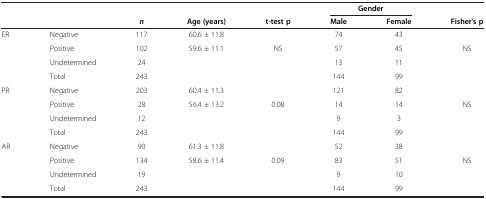
| <COLSPAN=5>  | <COLSPAN=2> Gender |  |
 | <COLSPAN=2>  | n | Age (years) | t-test p | Male | Female | Fisher's p |
 | --- | --- | --- | --- | --- | --- | --- | --- |
 | ER | Negative | 117 | 60.6 ± 11.8 |  | 74 | 43 |  |
 |  | Positive | 102 | 59.6 ± 11.1 | NS | 57 | 45 | NS |
 |  | Undetermined | 24 |  |  | 13 | 11 |  |
 |  | Total | 243 |  |  | 144 | 99 |  |
 | PR | Negative | 203 | 60.4 ± 11.3 |  | 121 | 82 |  |
 |  | Positive | 28 | 56.4 ± 13.2 | 0.08 | 14 | 14 | NS |
 |  | Undetermined | 12 |  |  | 9 | 3 |  |
 |  | Total | 243 |  |  | 144 | 99 |  |
 | AR | Negative | 90 | 61.3 ± 11.8 |  | 52 | 38 |  |
 |  | Positive | 134 | 58.6 ± 11.4 | 0.09 | 83 | 51 | NS |
 |  | Undetermined | 19 |  |  | 9 | 10 |  |
 |  | Total | 243 |  |  | 144 | 99 |  |